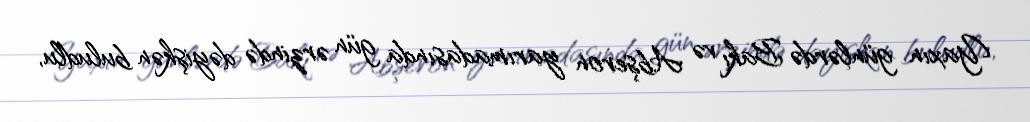
Yaxın günlərdə Bakı və Abşeron yarımadasında gün ərzində dəyişkən buludlu,